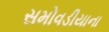
સમોવડીયાના